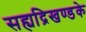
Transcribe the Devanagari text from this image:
सह्यद्रिखण्डके